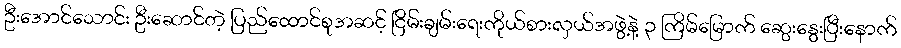
ဦးအောင်သောင်း ဦးဆောင်တဲ့ ပြည်ထောင်စုအဆင့် ငြိမ်းချမ်းရေးကိုယ်စားလှယ်အဖွဲ့နဲ့ ၃ ကြိမ်မြောက် ဆွေးနွေးပြီးနောက်